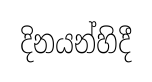
දිනයන්හිදී